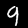
Label: 9